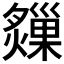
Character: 𤑗